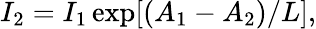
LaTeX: I_{2}=I_{1}\exp[(A_{1}-A_{2})/L],